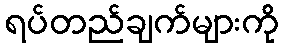
ရပ်တည်ချက်များကို